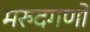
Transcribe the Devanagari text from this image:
मरुदगणों